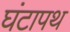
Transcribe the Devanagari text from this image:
घंटापथ